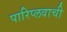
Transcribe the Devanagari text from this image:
पारिप्लवाची